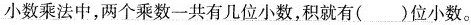
小数乘法中，两个乘数一共有几位小数，积就有()位小数。